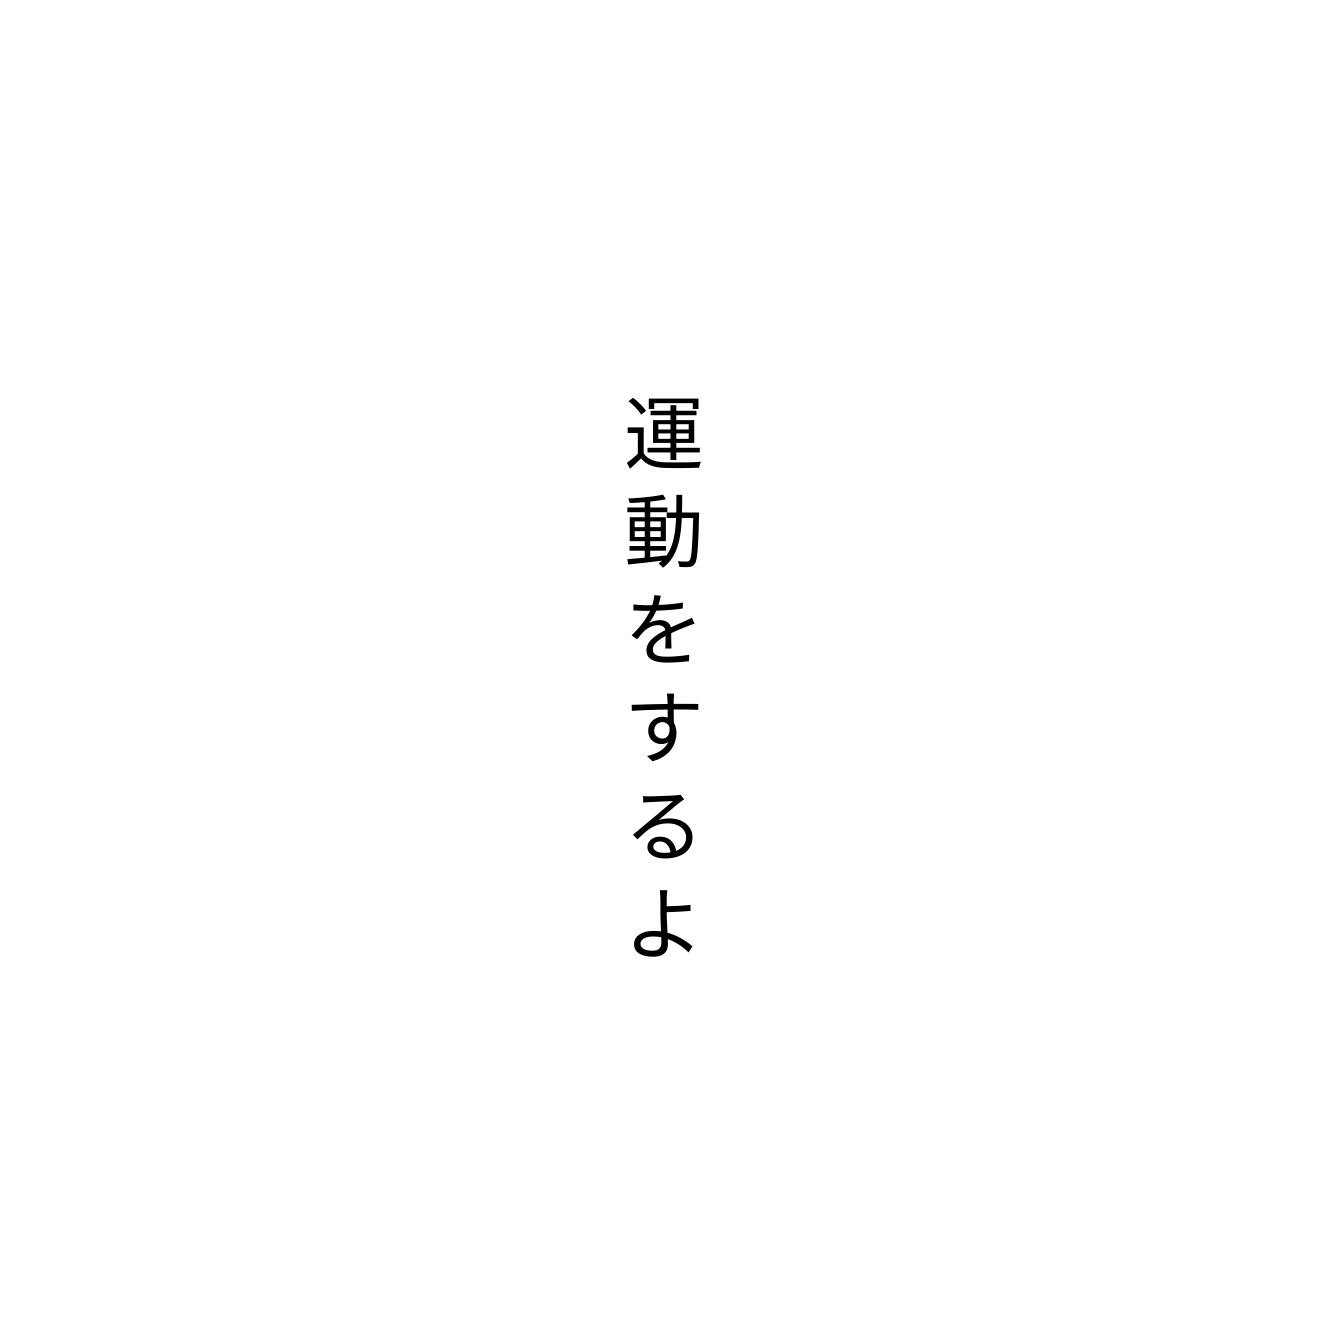
運動をするよ